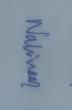
Signature authenticity: genuine